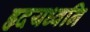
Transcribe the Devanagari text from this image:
हृदयध्वनि